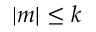
| m | \leq k